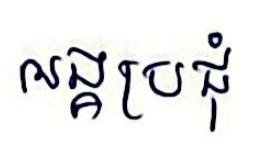
អង្គប្រជុំ